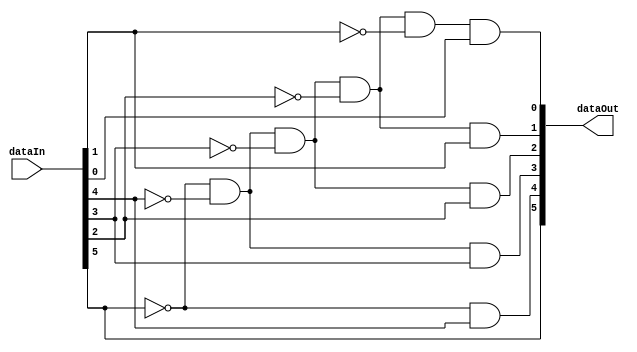
module highestBit6 (dataIn, dataOut);

input    [5:0]      dataIn;
output   [5:0]      dataOut;

assign dataOut [5] = dataIn[5];
assign dataOut [4] = ~dataIn[5] && dataIn[4];
assign dataOut [3] = ~dataIn[5] && ~dataIn[4] && dataIn[3];
assign dataOut [2] = ~dataIn[5] && ~dataIn[4] && ~dataIn[3] && dataIn[2];
assign dataOut [1] = ~dataIn[5] && ~dataIn[4] && ~dataIn[3] && ~dataIn[2] && dataIn[1]; 
assign dataOut [0] = ~dataIn[5] && ~dataIn[4] && ~dataIn[3] && ~dataIn[2] && ~dataIn[1] && dataIn[0];

endmodule